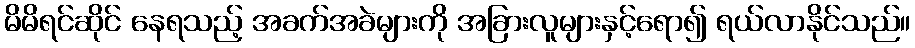
မိမိရင်ဆိုင် နေရသည့် အခက်အခဲများကို အခြားလူများနှင့်ရော၍ ရယ်လာနိုင်သည်။